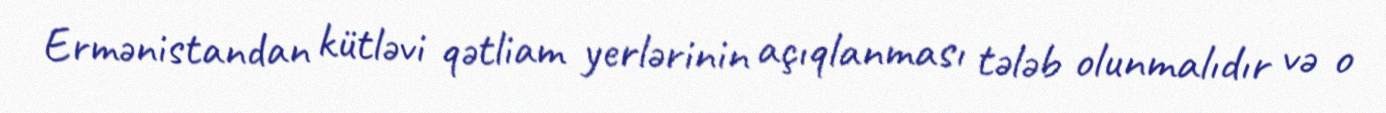
Ermənistandan kütləvi qətliam yerlərinin açıqlanması tələb olunmalıdır və o